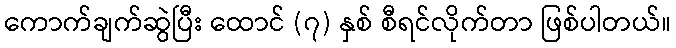
ကောက်ချက်ဆွဲပြီး ထောင် (၇) နှစ် စီရင်လိုက်တာ ဖြစ်ပါတယ်။